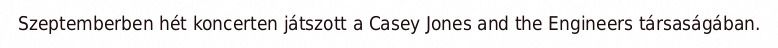
Szeptemberben hét koncerten játszott a Casey Jones and the Engineers társaságában.